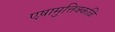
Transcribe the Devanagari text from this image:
एष़ामुत्तिक्कळि